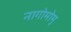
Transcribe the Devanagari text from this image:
नागोमोमू